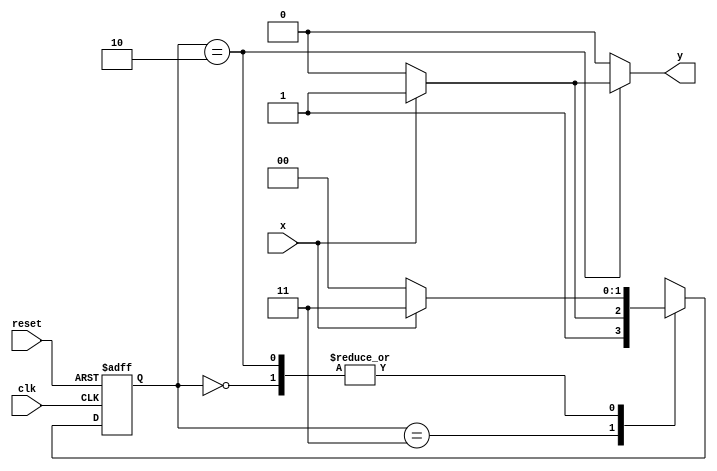
// ------------------------- 
// Nome: Camila Guedes Silveira 
// ------------------------- 

// -------------- 
// --- Mealy FSM 
// -------------- 
/* 
Mealy FSM Diagram 
                  _____________ 
                 /             \ 
          1     v     0       1| // found 
[start] ---> [id11] ---> [id110] 
^ \0          1/ ^         0 |
\_/            \__/         |  
\                          /    
 \                        /   
  \______________________/     
    
*/ 

// constant definitions 
`define found 1 
`define notfound 0 

// FSM by Mealy 
module Mealy101 ( y, x, clk, reset );
	output y; 
	input x; 
	input clk; 
	input reset; 
	reg y; 

parameter // state identifiers 
	start = 2'b00, 
	id11 = 2'b11, 
	id110 = 2'b10; 	
	reg [1:0] E1; // current state variables 
	reg [1:0] E2; // next state logic output 

// next state logic 
	always @( x or E1 ) 
	
	begin 
		y = `notfound; 
		
		case ( E1 ) 
			start: 
			
				if ( x ) 
					E2 = id11; 			
				else 
					E2 = start; 
					
				id11: 
				if ( x ) 
					E2 = id11; 				
				else 
					E2 = id110; 
				
				id110: 
					if ( x ) 
					begin 
						E2 = id11; 
						y = `found; 
					end 				
				else 
					begin 
						E2 = start; 
						y = `notfound; 
					end 

			default: // undefined state 
			E2 = 2'bxx; 
		endcase 
	end // always at signal or state changing 

// state variables 
	always @( posedge clk or negedge reset ) 
	begin 
		
		if ( reset ) 
			E1 = E2; // updates current state 
		else 
			E1 = 0; // reset 
	end // always at signal changing 
endmodule // mealy101 
module Teste; 
	reg clk, reset, x; 
	wire m1;
	 
	Mealy101 mealy ( m1, x, clk, reset ); 
	
initial begin 
	$display ( "Guia 07 - Camila Guedes Silveira - 427393" );
	$display ( "Exemplo0052" ); 

	// valores iniciais 
	clk = 1; 
	reset = 1; 
	x = 0; 

	//#5 reset = 0;
	#10 x = 1; 	
	#10 x = 0;
	#10 x = 1; 
	  
	#10 $finish; 
end // initial
 
always 
	#5 clk = ~clk; 

always @( posedge clk ) 
	begin 
		$display ( "%4d %4b %4b ", $time, x, m1); // -- resultado de m1  0 (notfound)
	end // always at positive edge clocking changing 
endmodule //teste